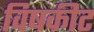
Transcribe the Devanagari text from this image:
विषकीट